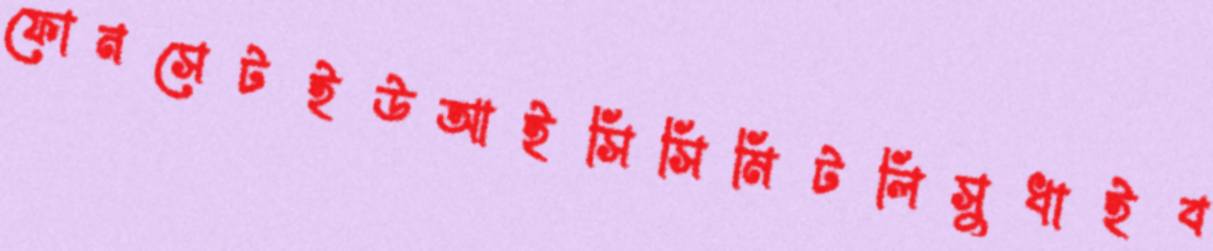
ফোনসেটইউআইসিসিমিটলিসুধাইব